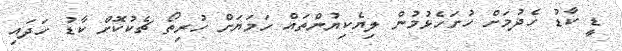
ޑީ ކާޑު ހެދުމަށް ހުށަހެޅުމުން ލިޔެކިޔުންތައް ހަމަޔަށް ހުރިތޯ ޗެކުކޮށް ކާޑު ހަދައި